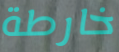
خارطة